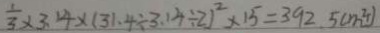
\frac { 1 } { 3 } \times 3 . 1 4 \times ( 3 1 . 4 \div 3 . 1 4 \div 2 ) ^ { 2 } \times 1 5 = 3 9 2 . 5 ( m ^ { 2 } )